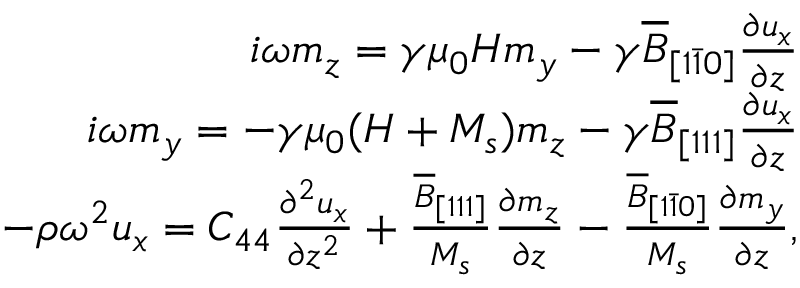
\begin{array} { r } { i \omega m _ { z } = \gamma \mu _ { 0 } H m _ { y } - \gamma \overline { { B } } _ { [ 1 \bar { 1 } 0 ] } \frac { \partial u _ { x } } { \partial z } } \\ { i \omega m _ { y } = - \gamma \mu _ { 0 } ( H + M _ { s } ) m _ { z } - \gamma \overline { { B } } _ { [ 1 1 1 ] } \frac { \partial u _ { x } } { \partial z } } \\ { - \rho \omega ^ { 2 } u _ { x } = C _ { 4 4 } \frac { \partial ^ { 2 } u _ { x } } { \partial z ^ { 2 } } + \frac { \overline { { B } } _ { [ 1 1 1 ] } } { M _ { s } } \frac { \partial m _ { z } } { \partial z } - \frac { \overline { { B } } _ { [ 1 \bar { 1 } 0 ] } } { M _ { s } } \frac { \partial m _ { y } } { \partial z } , } \end{array}